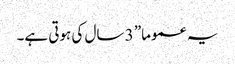
یہ عموما” 3 سال کی ہوتی ہے۔